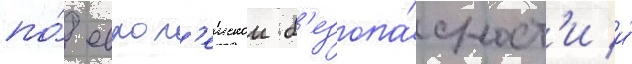
по́ европ'еискои б'езопа́сност'и и́